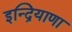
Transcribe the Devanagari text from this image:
इन्द्रियाणा